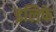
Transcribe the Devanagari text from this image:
इलिफे